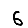
Digit: 6